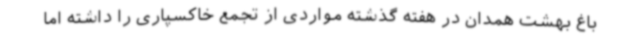
باغ بهشت همدان در هفته گذشته مواردی از تجمع خاکسپاری را داشته اما